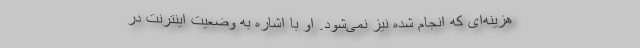
هزینه‌ای که انجام شده نیز نمی‌شود. او با اشاره به وضعیت اینترنت در